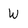
Character: W